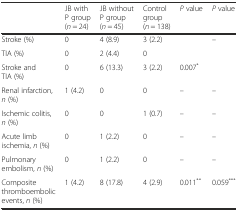
<table><thead><tr><td></td><td><b>JB with P group(<i>n</i> = 24)</b></td><td><b>JB without P group(<i>n</i> = 45)</b></td><td><b>Control group(<i>n</i> = 138)</b></td><td><b><i>P</i> value</b></td><td><b><i>P</i> value</b></td></tr></thead><tbody><tr><td>Stroke (%)</td><td>0</td><td>4 (8.9)</td><td>3 (2.2)</td><td></td><td>–</td></tr><tr><td>TIA (%)</td><td>0</td><td>2 (4.4)</td><td>0</td><td></td><td></td></tr><tr><td>Stroke and TIA (%)</td><td>0</td><td>6 (13.3)</td><td>3 (2.2)</td><td>0.007<sup>*</sup></td><td></td></tr><tr><td>Renal infarction, <i>n</i> (%)</td><td>1 (4.2)</td><td>0</td><td>0</td><td>–</td><td>–</td></tr><tr><td>Ischemic colitis, <i>n</i> (%)</td><td>0</td><td>0</td><td>1 (0.7)</td><td>–</td><td>–</td></tr><tr><td>Acute limb ischemia, <i>n</i> (%)</td><td>0</td><td>1 (2.2)</td><td>0</td><td>–</td><td>–</td></tr><tr><td>Pulmonary embolism, <i>n</i> (%)</td><td>0</td><td>1 (2.2)</td><td>0</td><td>–</td><td>–</td></tr><tr><td>Composite thromboembolic events, <i>n</i> (%)</td><td>1 (4.2)</td><td>8 (17.8)</td><td>4 (2.9)</td><td>0.011<sup>**</sup></td><td>0.059<sup>***</sup></td></tr></tbody></table>